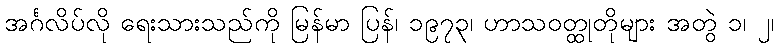
အင်္ဂလိပ်လို ရေးသားသည်ကို မြန်မာ ပြန်၊ ၁၉၇၃၊ ဟာသဝတ္ထုတိုများ အတွဲ ၁၊ ၂၊